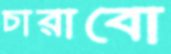
চারাবো